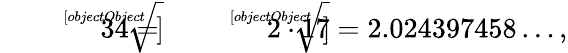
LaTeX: {\sqrt[[objectObject]]{34}}={\sqrt[[objectObject]]{2\cdot 17}}=2.024397458\ldots,